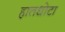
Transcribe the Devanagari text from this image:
हातधोटा